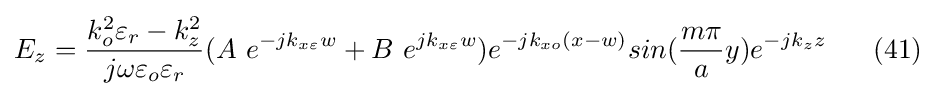
E_{z}={\frac {k_{o}^{2}\varepsilon _{r}-k_{z}^{2}}{j\omega \varepsilon _{o}\varepsilon _{r}}}(A\ e^{-jk_{x\varepsilon }w}+B\ e^{jk_{x\varepsilon }w})e^{-jk_{xo}(x-w)}sin({\frac {m\pi }{a}}y)e^{-jk_{z}z}\ \ \ \ \ (41)